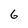
Character: 6